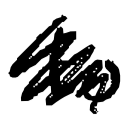
Text: to
Cross-out: scratch
Writing tool: digital_black